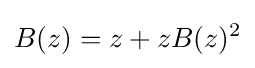
B(z)=z+zB(z)^{2}